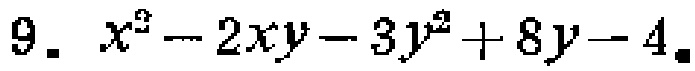
$9.\ x^{2}-2xy - 3y^{2}+8y - 4.$